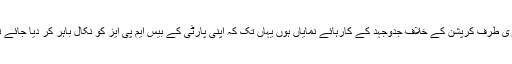
یہ کڑوا سچ ہے لیکن جب ایک طرف وہ ہوں جن کی کرپشن کی داستانیں دنیا جان گئی ہو اور دوسری طرف کرپشن کے خلاف جدوجہد کے کارہائے نمایاں ہوں یہاں تک کہ اپنی پارٹی کے بیس ایم پی ایز کو نکال باہر کر دیا جائے تو کپتان کا مؤقف جھول اور تضاد کے باوجود عوام میں مقبول ہوتا اور جڑ پکڑتا دکھائی دیتا ہے ۔